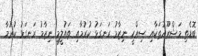
ބޮޑެތި މަޝްރޫއުތަކާއި ސިއްހީ ނިޒާމު ރަނގަޅު ކުރުމާއި ތައުލީމީ ނިޒާމު ރަނގަޅު ކުރުމާ